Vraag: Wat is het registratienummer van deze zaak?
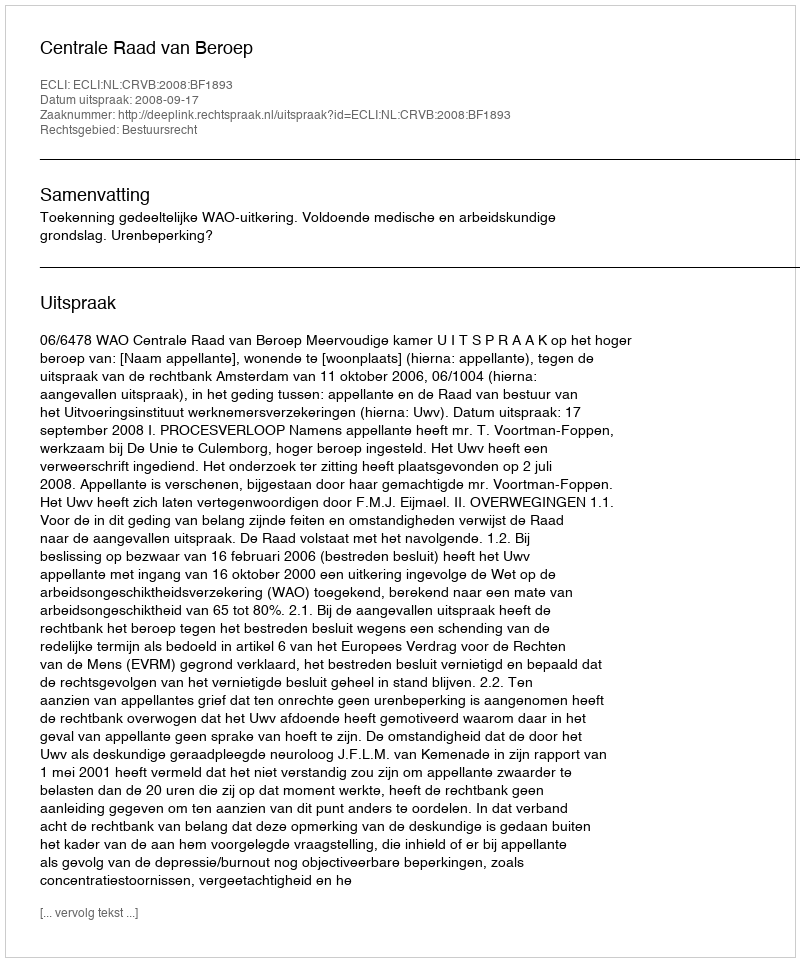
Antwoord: http://deeplink.rechtspraak.nl/uitspraak?id=ECLI:NL:CRVB:2008:BF1893